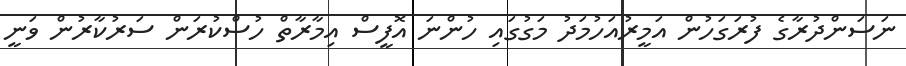
ނަސަންދުރާގެ ފުރަގަހުންް އަމީރުއަހުމަދު މަގުގައި ހުންނަ އޮފީސް އިމާރާތް ހުސްކުރަން ސަރުކާރުން ވަނީ